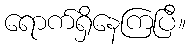
ရောက်ရှိနေကြပြီ။